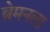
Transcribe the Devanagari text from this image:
ब्रेमनला